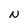
Character: N